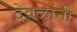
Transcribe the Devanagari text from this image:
देवळांनी